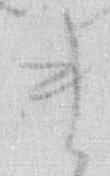
ま